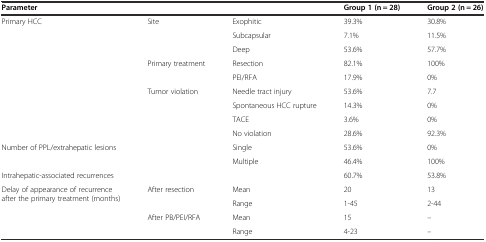
| <COLSPAN=3> Parameter | Group 1 (n = 28) | Group 2 (n = 26) |
 | --- | --- | --- | --- | --- |
 | <ROWSPAN=9> Primary HCC | <ROWSPAN=3> Site | Exophitic | 39.3% | 30.8% |
 | Subcapsular | 7.1% | 11.5% |
 | Deep | 53.6% | 57.7% |
 | <ROWSPAN=2> Primary treatment | Resection | 82.1% | 100% |
 | PEI/RFA | 17.9% | 0% |
 | <ROWSPAN=4> Tumor violation | Needle tract injury | 53.6% | 7.7 |
 | Spontaneous HCC rupture | 14.3% | 0% |
 | TACE | 3.6% | 0% |
 | No violation | 28.6% | 92.3% |
 | <ROWSPAN=2> Number of PPL/extrahepatic lesions | <ROWSPAN=2>  | Single | 53.6% | 0% |
 | Multiple | 46.4% | 100% |
 | Intrahepatic-associated recurrences |  |  | 60.7% | 53.8% |
 | <ROWSPAN=4> Delay of appearance of recurrence after the primary treatment (months) | After resection | Mean | 20 | 13 |
 |  | Range | 1-45 | 2-44 |
 | <ROWSPAN=2> After PB/PEI/RFA | Mean | 15 | – |
 | Range | 4-23 | – |